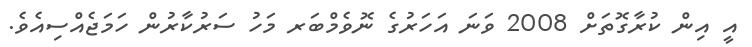
އީ އިން ކުރާގޮތަށް 2008 ވަނަ އަހަރުގެ ނޮވެމްބަރ މަހު ސަރުކާރުން ހަމަޖެއްސިއެވެ.